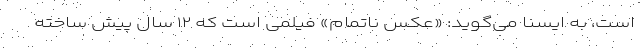
است، به ایسنا می‌گوید: «عکس ناتمام» فیلمی است که ۱۲ سال پیش ساخته